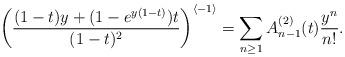
LaTeX: \begin{align*} \left(\dfrac{(1-t)y+(1-e^{y(1-t)})t}{(1-t)^2}\right )^{\left\langle -1 \right\rangle}=\sum_{n\ge1}A^{(2)}_{n-1}(t)\dfrac{y^n}{n!}. \end{align*}